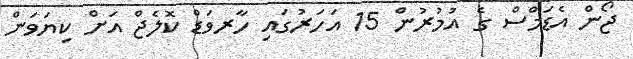
ޖޯން އެޑަމްސް ގެ އުމުރުން 15 އަހަރުގައި ހާރވަޑް ކޮލެޖް އަށް ކިޔަވަން